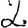
Digit: 2